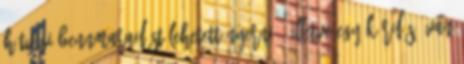
hétvégi bennmaradást lehetett nyerni : Illetve egy kérdés: van